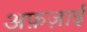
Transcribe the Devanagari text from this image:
अफ़ज़ाई